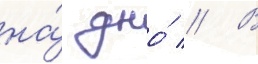
на́ дно́ // В